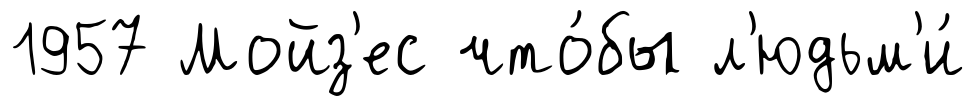
1957 Мойз'ес что́бы л'юдьм'и́